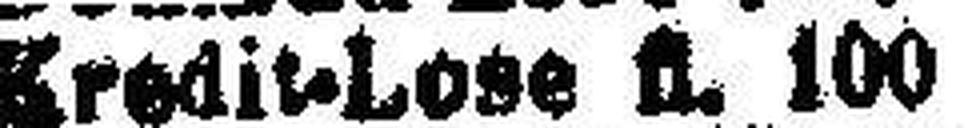
Kredit-Lose fl. 100